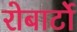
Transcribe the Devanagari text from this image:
रोबार्टो